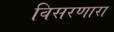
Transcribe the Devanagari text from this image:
विसरणारा